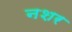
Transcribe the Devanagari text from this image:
नशर